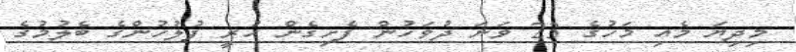
މިދިޔަ މެއި މަހުގެ 23 ވަނަ ދުވަހުން ފެށިގެން ހުރީ ފުލުހުންގެ ބެލުމުގެ